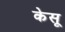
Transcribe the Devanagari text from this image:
केसू